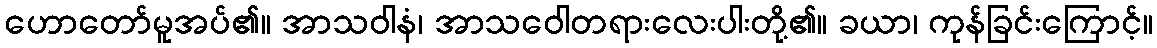
ဟောတော်မူအပ်၏။ အာသဝါနံ၊ အာသဝေါတရားလေးပါးတို့၏။ ခယာ၊ ကုန်ခြင်းကြောင့်။